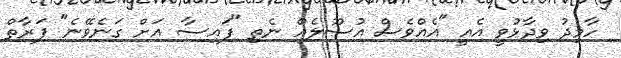
ހާމިދު ވިދާޅުވީ އެއީ "އެއްވެސް އުސޫލެއް ނެތި "ފައިސާ އަށް ގަނެވޭނެ" ފަރާތް